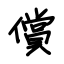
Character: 償